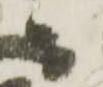
ニ